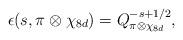
LaTeX: \begin{align*} \epsilon(s, \pi \otimes \chi_{8d})=Q^{-s+1/2}_{\pi \otimes \chi_{8d}},\end{align*}